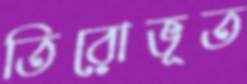
তিরোভূত